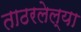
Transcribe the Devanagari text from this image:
ताठरलेल्या